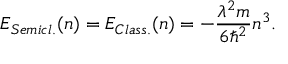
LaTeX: E _ { S e m i c l . } ( n ) = E _ { C l a s s . } ( n ) = - { \frac { \lambda ^ { 2 } m } { 6 \hbar ^ { 2 } } } n ^ { 3 } .